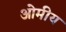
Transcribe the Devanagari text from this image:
ओमीय